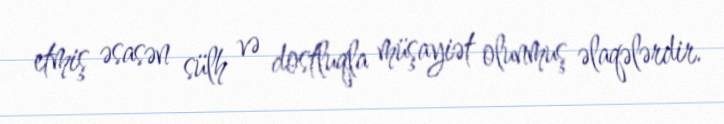
etmiş əsasən sülh və dostluqla müşayiət olunmuş əlaqələrdir.